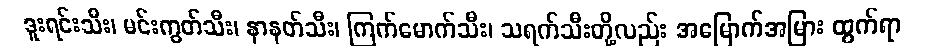
ဒူးရင်းသီး၊ မင်းကွတ်သီး၊ နာနတ်သီး၊ ကြက်မောက်သီး၊ သရက်သီးတို့လည်း အမြောက်အမြား ထွက်ရာ